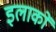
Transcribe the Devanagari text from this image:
इलाकाें